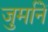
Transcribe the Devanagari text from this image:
जुर्मानें